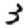
Digit: 3